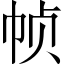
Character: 帧